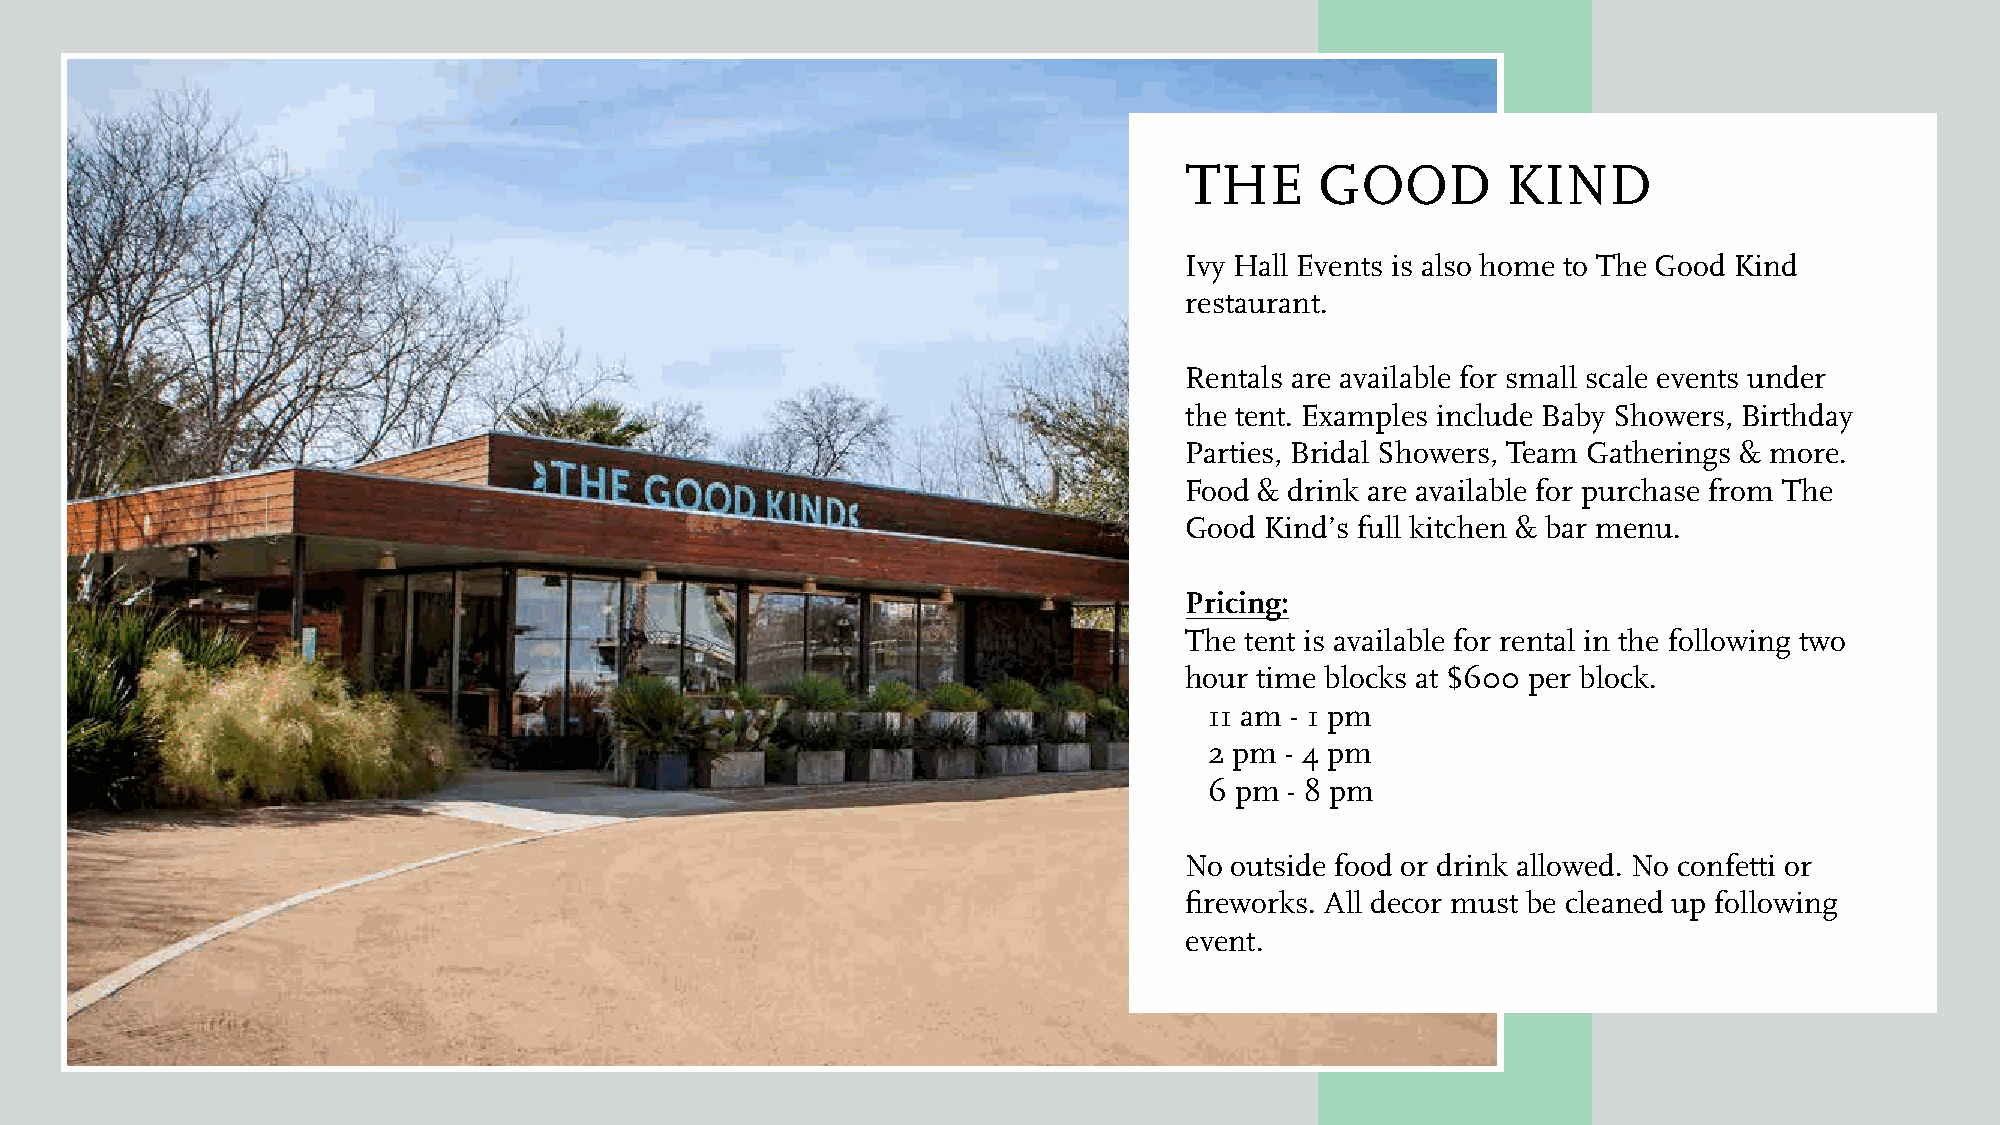
THE      GOOD         KIND
 Ivy Hall Events is also home to The Good Kind
 restaurant.
 Rentals are available for small scale events under
 the tent. Examples include Baby Showers, Birthday
 Parties, Bridal Showers, Team Gatherings & more.
 Food & drink are available for purchase from The
 Good  Kind’s full kitchen & bar menu.
 Pricing:
 The tent is available for rental in the following two
 hour time blocks at $600 per block.
 ✴ 11 am - 1 pm
 ✴ 2 pm - 4 pm
 ✴ 6 pm - 8 pm
 No outside food or drink allowed. No confetti or
 fireworks. All decor must be cleaned up following
 event.